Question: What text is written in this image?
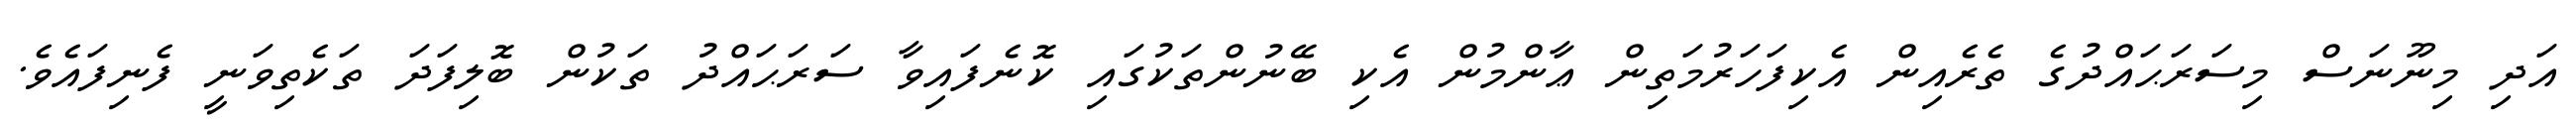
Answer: އަދި މިނޫނަސް މިސަރަޙައްދުގެ ތެރެއިން އެކިފަހަރުމަތިން ޢާންމުން އެކި ބޭނުންތަކުގައި ކޮނެފައިވާ ސަރަޙައްދު ތަކުން ބޮލިފަދަ ތަކެތިވަނީ ފެނިފައެވެ.